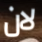
لان